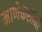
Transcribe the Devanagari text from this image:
माणेकशॉनी